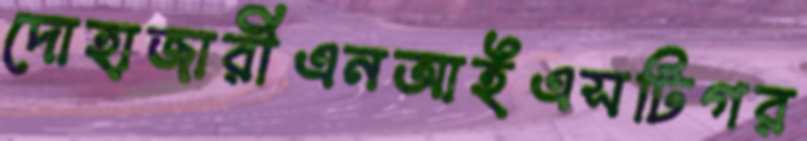
দোহাজারীএনআইএসটিগর